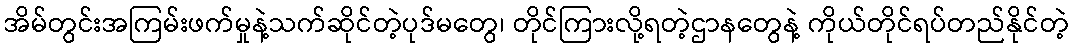
အိမ်တွင်းအကြမ်းဖက်မှုနဲ့သက်ဆိုင်တဲ့ပုဒ်မတွေ၊ တိုင်ကြားလို့ရတဲ့ဌာနတွေနဲ့ ကိုယ်တိုင်ရပ်တည်နိုင်တဲ့